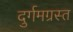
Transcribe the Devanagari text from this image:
दुर्गमग्रस्त